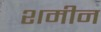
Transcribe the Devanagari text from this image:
शमीन